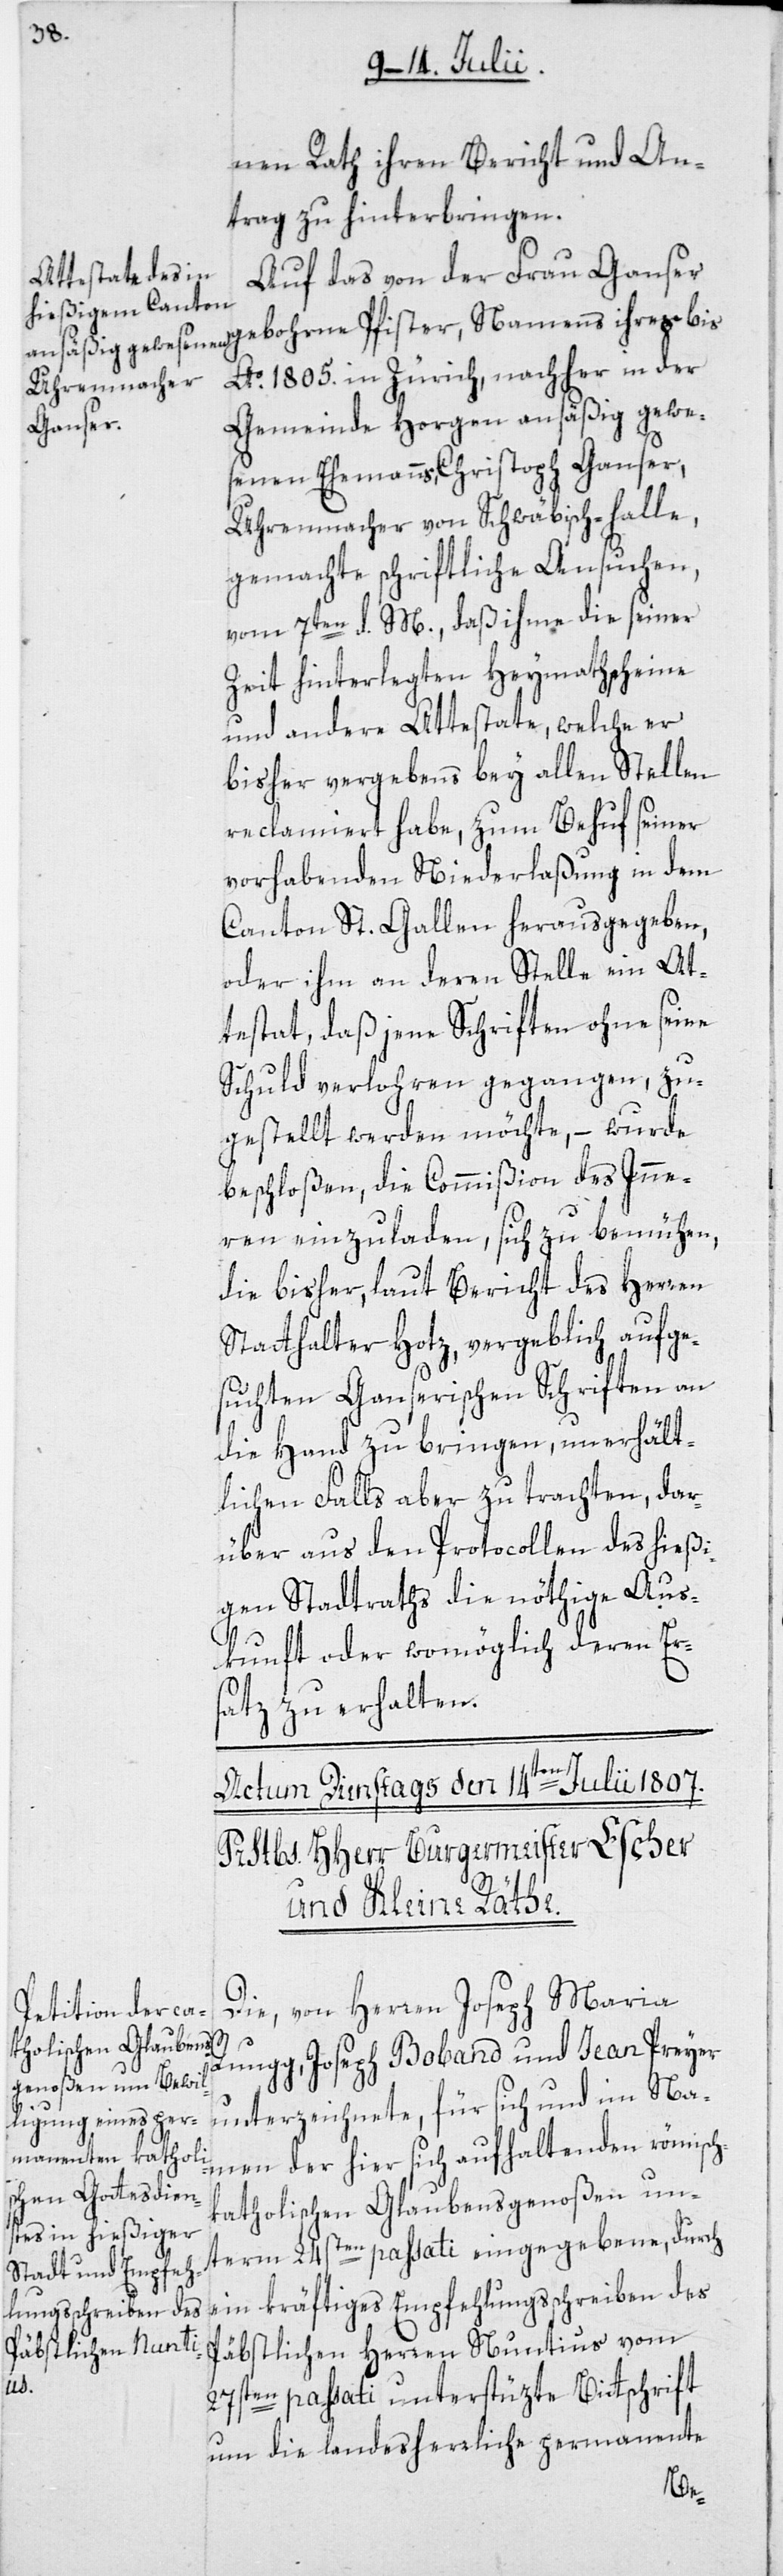
nen Rath ihren Bericht und An¬
trag zu hinterbringen.
Auf das von der Frau Ganser
gebohrne Pfister, Namens ihres bis
Ao 1805. in Zürich, nachher in der
Gemeinde Horgen ansäßig gewe¬
senen Ehemanns, Christoph Ganser,
Uhrenmacher von Schwäbisch-halle,
gemachte schriftliche Ansuchen,
vom 7ten d. M., daß ihme die seiner
Zeit hinterlegten Heymathscheine
und andere Attestate, welche er
bisher vergebens bey allen Stellen
reclamiert habe, zum Behuf seiner
vorhabenden Niederlaßung in dem
Canton St. Gallen herausgegeben,
oder ihm an deren Stelle ein At¬
testat, daß jene Schriften ohne seine
Schuld verlohren gegangen, zu¬
gestellt werden möchte, – wurde
beschloßen, die Commißion des Inne¬
ren einzuladen, sich zu bemühen,
die bisher, laut Bericht des Herren
Statthalter Hotz, vergeblich aufge¬
suchten Ganserischen Schriften an
die Hand zu bringen, unerhält¬
lichen Falls aber zu trachten, dar¬
über aus den Protocollen des hießi¬
gen Stadtraths die nöthige Aus¬
kunft oder womöglich deren Er¬
satz zu erhalten.
Die, von Herren Joseph Maria
Rungg, Joseph Boband und Jean Preyer
des
unterzeichnete, für sich und im Na¬
men der hier sich aufhaltenden römisch-k¬
atholischen Glaubensgenoßen un¬
term 24sten passati eingegebene, durch
Päbstlichen Herren Nuntius vom
27sten passati unterstüzte Bittschrift
um die landesherrliche permanente